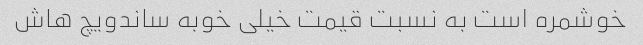
خوشمره است به نسبت قیمت خیلی خوبه ساندویچ هاش